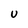
Character: U